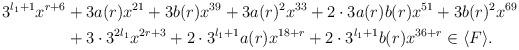
LaTeX: \begin{align*} \begin{aligned} 3^{l_1+1} x^{r + 6 } &+3a(r) x^{21 } + 3b(r) x^{39} + 3 a(r)^2 x^{33} + 2 \cdot 3a(r)b(r) x^{51} + 3 b(r)^2 x^{69} \\ &+ 3 \cdot 3^{2l_1} x^{2 r+3} + 2 \cdot 3^{l_1+1} a(r) x^{18 + r} + 2 \cdot 3^{l_1+1} b(r) x^{36 + r} \in \langle F \rangle. \end{aligned}\end{align*}